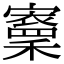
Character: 𡫵